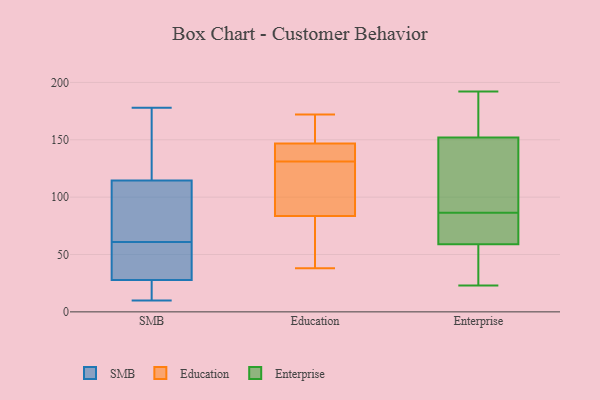
{"axis": {"x": "LTV (USD)", "y": "Value"}, "legend": ["Education", "Enterprise", "SMB"], "data": [{"x": "", "y": 175, "type": "SMB"}, {"x": "", "y": 122, "type": "SMB"}, {"x": "", "y": 15, "type": "SMB"}, {"x": "", "y": 178, "type": "SMB"}, {"x": "", "y": 13, "type": "SMB"}, {"x": "", "y": 39, "type": "SMB"}, {"x": "", "y": 24, "type": "SMB"}, {"x": "", "y": 43, "type": "SMB"}, {"x": "", "y": 85, "type": "SMB"}, {"x": "", "y": 78, "type": "SMB"}, {"x": "", "y": 10, "type": "SMB"}, {"x": "", "y": 61, "type": "SMB"}, {"x": "", "y": 92, "type": "SMB"}, {"x": "", "y": 123, "type": "SMB"}, {"x": "", "y": 58, "type": "SMB"}, {"x": "", "y": 112, "type": "Education"}, {"x": "", "y": 151, "type": "Education"}, {"x": "", "y": 149, "type": "Education"}, {"x": "", "y": 135, "type": "Education"}, {"x": "", "y": 144, "type": "Education"}, {"x": "", "y": 108, "type": "Education"}, {"x": "", "y": 172, "type": "Education"}, {"x": "", "y": 38, "type": "Education"}, {"x": "", "y": 146, "type": "Education"}, {"x": "", "y": 54, "type": "Education"}, {"x": "", "y": 131, "type": "Education"}, {"x": "", "y": 91, "type": "Education"}, {"x": "", "y": 61, "type": "Education"}, {"x": "", "y": 72, "type": "Enterprise"}, {"x": "", "y": 59, "type": "Enterprise"}, {"x": "", "y": 87, "type": "Enterprise"}, {"x": "", "y": 192, "type": "Enterprise"}, {"x": "", "y": 108, "type": "Enterprise"}, {"x": "", "y": 191, "type": "Enterprise"}, {"x": "", "y": 86, "type": "Enterprise"}, {"x": "", "y": 155, "type": "Enterprise"}, {"x": "", "y": 28, "type": "Enterprise"}, {"x": "", "y": 130, "type": "Enterprise"}, {"x": "", "y": 63, "type": "Enterprise"}, {"x": "", "y": 23, "type": "Enterprise"}, {"x": "", "y": 152, "type": "Enterprise"}, {"x": "", "y": 57, "type": "Enterprise"}]}